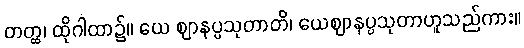
တတ္ထ၊ ထိုဂါထာ၌။ ယေ ဈာနပ္ပသုတာတိ၊ ယေဈာနပ္ပသုတာဟူသည်ကား။